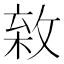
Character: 𢾣